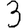
Digit: 3